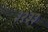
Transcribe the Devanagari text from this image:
३२३३